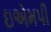
ઇએમપી